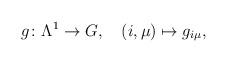
LaTeX: \begin{align*}g\colon\Lambda^1\to G,\quad (i,\mu)\mapsto g_{i\mu},\end{align*}